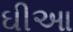
ઘીઆ